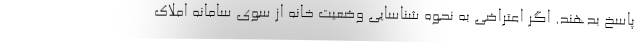
پاسخ بدهند. اگر اعتراضی به نحوه شناسایی وضعیت خانه از سوی سامانه املاک